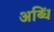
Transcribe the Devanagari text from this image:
अब्धिं